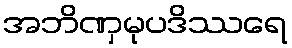
အဘိဏှမုပဒိဿရေ